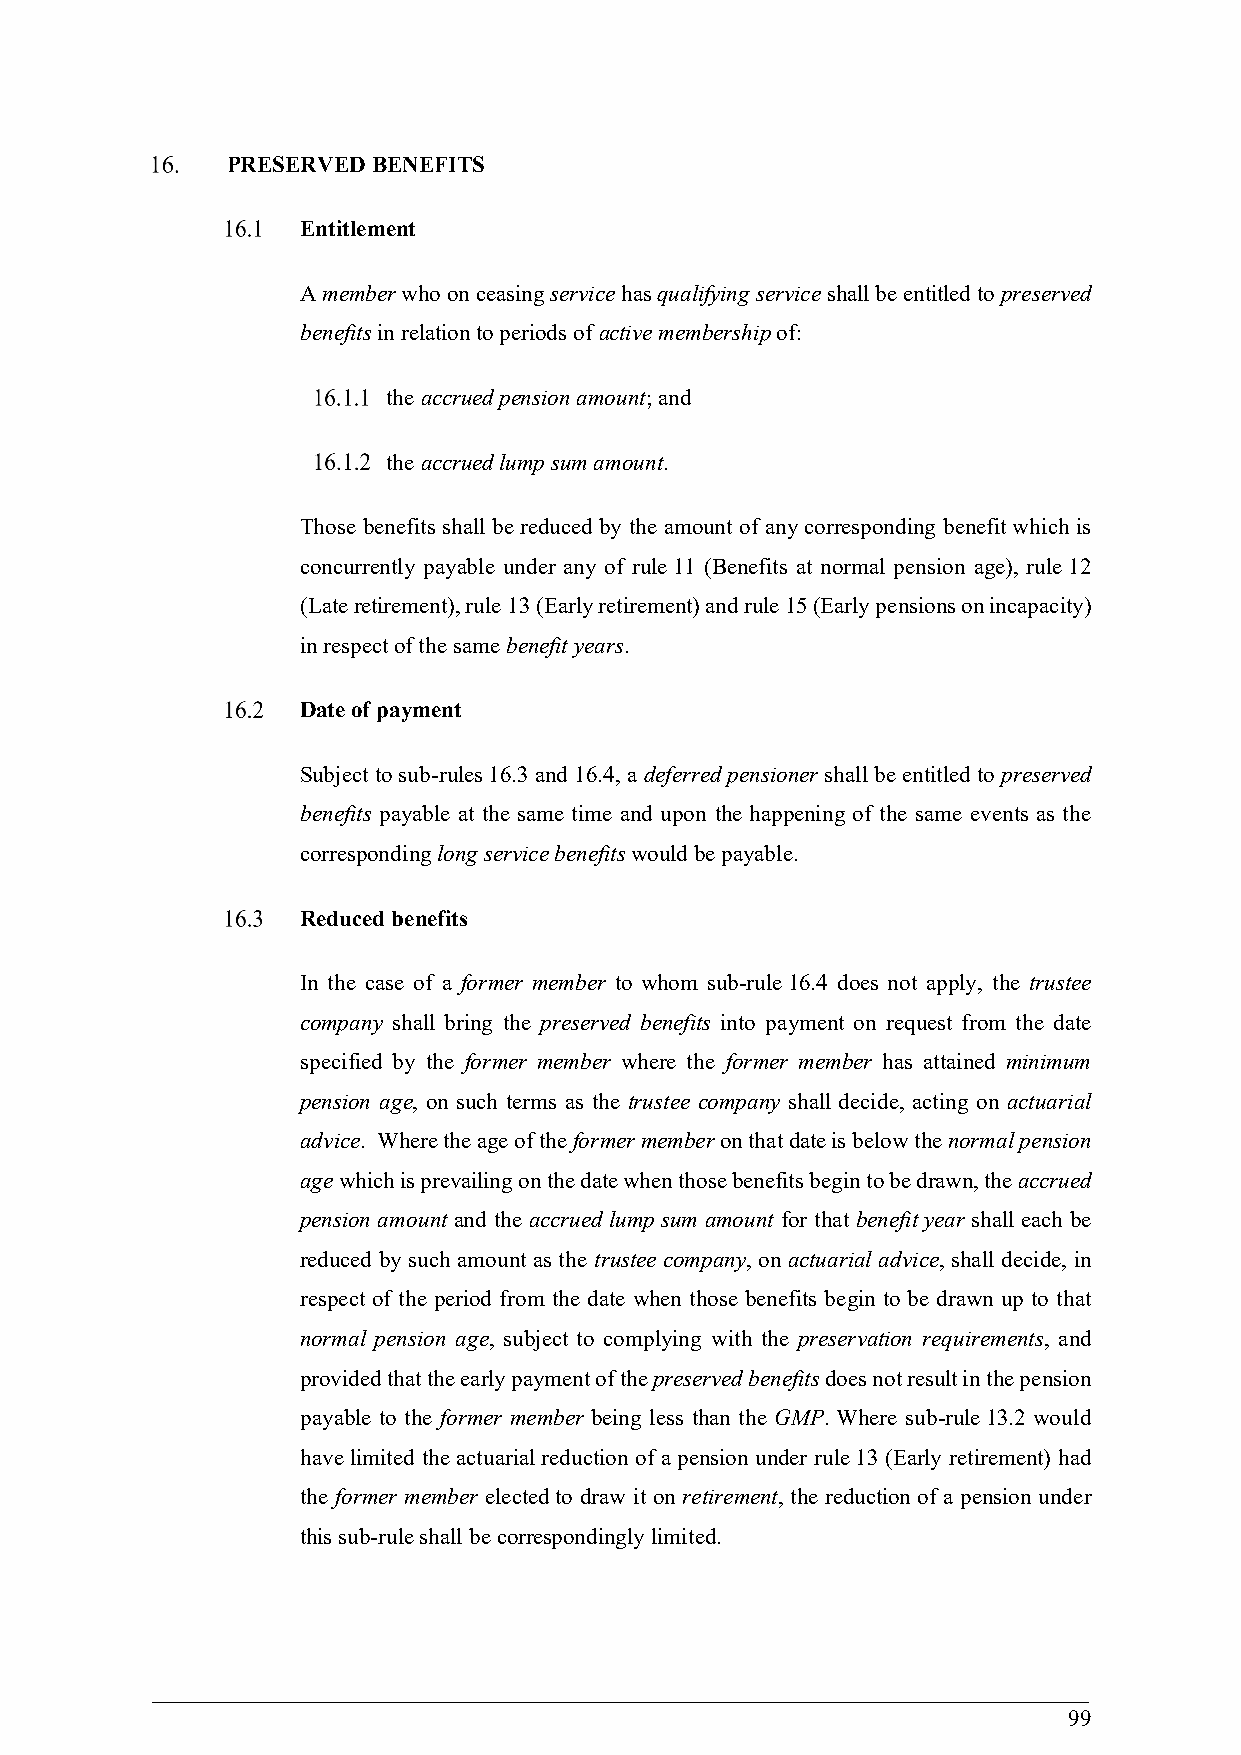
PRESERVED BENEFITS
 Entitlement
 A member who on ceasing service has qualifying service shall be entitled to preserved
 benefits in relation to periods of active membership of:
 the accrued pension amount; and
 the accrued lump sum amount.
 Those benefits shall be reduced by the amount of any corresponding benefit which is
 concurrently payable under any of rule 11 (Benefits at normal pension age), rule 12
 (Late retirement), rule 13 (Early retirement) and rule 15 (Early pensions on incapacity)
 in respect of the same benefit years.
 Date of payment
 Subject to sub-rules 16.3 and 16.4, a deferred pensioner shall be entitled to preserved
 benefits payable at the same time and upon the happening of the same events as the
 corresponding long service benefits would be payable.
 Reduced benefits
 In the case of a former member to whom sub-rule 16.4 does not apply, the trustee
 company shall bring the preserved benefits into payment on request from the date
 specified by the former member where the former member has attained minimum
 pension age, on such terms as the trustee company shall decide, acting on actuarial
 advice. Where the age of the former member on that date is below the normal pension
 age which is prevailing on the date when those benefits begin to be drawn, the accrued
 pension amount and the accrued lump sum amount for that benefit year shall each be
 reduced by such amount as the trustee company, on actuarial advice, shall decide, in
 respect of the period from the date when those benefits begin to be drawn up to that
 normal pension age, subject to complying with the preservation requirements, and
 provided that the early payment of the preserved benefits does not result in the pension
 payable to the former member being less than the GMP. Where sub-rule 13.2 would
 have limited the actuarial reduction of a pension under rule 13 (Early retirement) had
 the former member elected to draw it on retirement, the reduction of a pension under
 this sub-rule shall be correspondingly limited.
 99